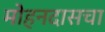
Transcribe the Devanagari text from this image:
मोहनदासचा